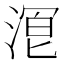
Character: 𬈒